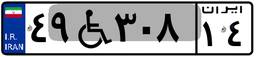
۴۹W۳۰۸۱۴